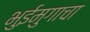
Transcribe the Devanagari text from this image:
भुईमुगाचा